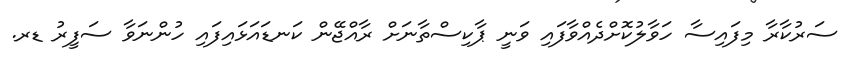
ސަރުކާރާ މިފައިސާ ހަވާލުކޮށްދެއްވާފައި ވަނީ ޕާކިސްތާނަށް ރާއްޖޭން ކަނޑައަޅައިފައި ހުންނަވާ ސަފީރު ޑރ.